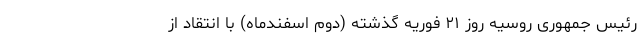
رئیس جمهوری روسیه روز ۲۱ فوریه گذشته (دوم اسفندماه) با انتقاد از